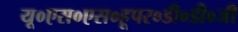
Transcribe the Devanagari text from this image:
यू०एस०एस०हूपर०डी०डी०जी